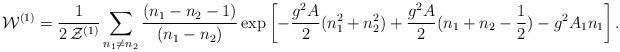
LaTeX: \begin{align*}{\cal W}^{(1)}=\frac{1}{2\,{\cal Z}^{(1)}}\sum_{n_1\neq n_2}\frac{(n_1-n_2-1)}{(n_1-n_2)}\exp\left [-\frac{g^2 A}{2}(n_1^2+n_2^2)+\frac{g^2 A}{2}(n_1+n_2-\frac{1}{2})-g^2A_1n_1\right].\end{align*}